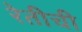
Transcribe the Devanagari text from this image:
रेतीची